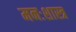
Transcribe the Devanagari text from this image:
मनःशास्त्र